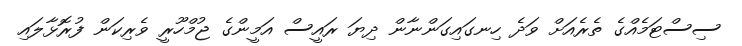
ސިސްޓަމެއްގެ ތެރެއަށް ވަދެ ހިނގައިގަންނާން ދިޔަ ރައީސް އަމީންގެ ޖުމްހޫރީ ވެރިކަން ފުރޮޅާލައި